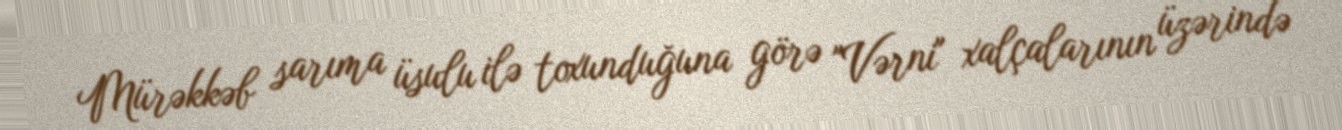
Mürəkkəb sarıma üsulu ilə toxunduğuna görə "Vərni" xalçalarının üzərində